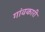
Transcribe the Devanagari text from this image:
गांवकारी